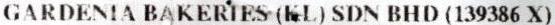
GARDENIA BAKERIES (KL) SDN BHD (139386 X)